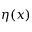
\eta ( x )